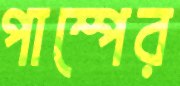
পাম্পের